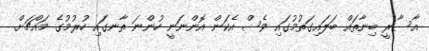
އާސާރީ ބިނާތައް ބަލައިގަތުމުގައި ވެސް އެކަން އޮންނަނީ ހުންނަ ތާނގައި ހުރުމުގެ މައްޗަށް.